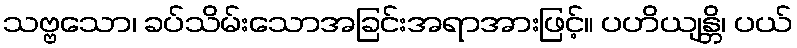
သဗ္ဗသော၊ ခပ်သိမ်းသောအခြင်းအရာအားဖြင့်။ ပဟိယျန္တိ၊ ပယ်